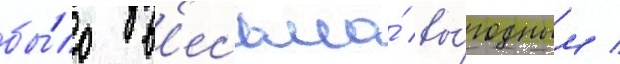
бы́ло в'есьма́ вы́годным /